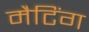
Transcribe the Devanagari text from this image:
मैटिंग